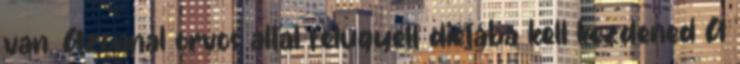
van. Azonnal orvos által felügyelt diétába kell kezdened A